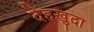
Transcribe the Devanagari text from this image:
देहखुदा